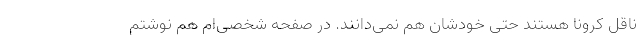
ناقل کرونا هستند حتی خودشان هم نمی‌دانند. در صفحه شخصی‌ام هم نوشتم